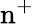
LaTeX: \mathrm{n^{+}}